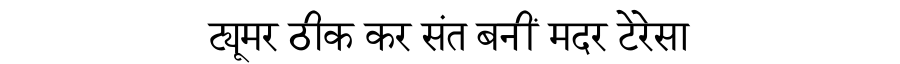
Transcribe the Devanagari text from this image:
ट्यूमर ठीक कर संत बनीं मदर टेरेसा